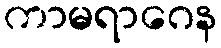
ကာမရာဂေန